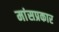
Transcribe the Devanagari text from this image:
मांसप्रकार